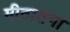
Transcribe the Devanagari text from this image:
मीठातगा